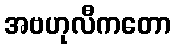
အဗဟုလီကတော